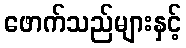
ဖောက်သည်များနှင့်